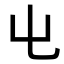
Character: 𡳾